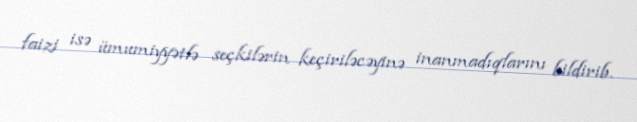
faizi isə ümumiyyətlə seçkilərin keçiriləcəyinə inanmadıqlarını bildirib.